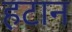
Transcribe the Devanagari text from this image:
हटान